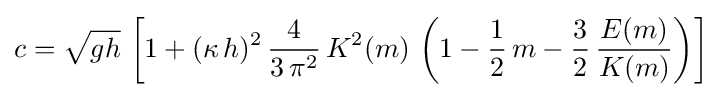
c={\sqrt {gh}}\,\left[1+(\kappa \,h)^{2}\,{\frac {4}{3\,\pi ^{2}}}\,K^{2}(m)\,\left(1-{\frac {1}{2}}\,m-{\frac {3}{2}}\,{\frac {E(m)}{K(m)}}\right)\right]